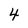
Character: 4